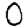
Digit: 0